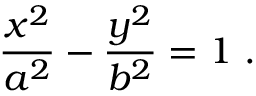
{ \frac { x ^ { 2 } } { a ^ { 2 } } } - { \frac { y ^ { 2 } } { b ^ { 2 } } } = 1 \ .